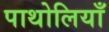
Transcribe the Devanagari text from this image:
पाथोलियाँ